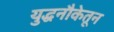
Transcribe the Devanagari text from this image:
युद्धनौकेतून